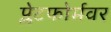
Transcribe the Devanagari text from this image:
प्लेटफोर्मवर